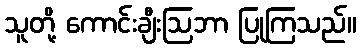
သူတို့ ကောင်းချီးဩဘာ ပြုကြသည်။